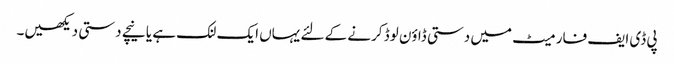
پی ڈی ایف فارمیٹ میں دستی ڈاؤن لوڈ کرنے کے لئے یہاں ایک لنک ہے یا نیچے دستی دیکھیں۔